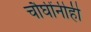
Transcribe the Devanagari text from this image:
चौघींनीही